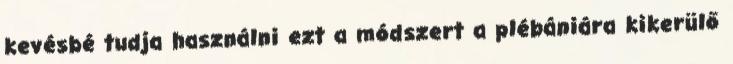
kevésbé tudja használni ezt a módszert a plébániára kikerülő